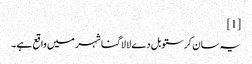
[1]
یہ سان کرستوبل دے لا لاگنا شہر میں واقع ہے۔